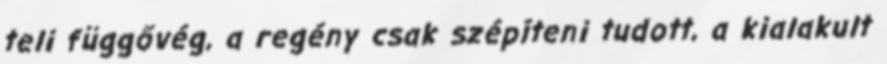
teli függővég, a regény csak szépíteni tudott, a kialakult